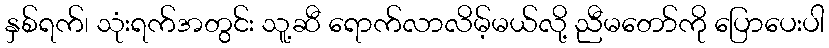
နှစ်ရက်၊ သုံးရက်အတွင်း သူ့ဆီ ရောက်လာလိမ့်မယ်လို့ ညီမတော်ကို ပြောပေးပါ